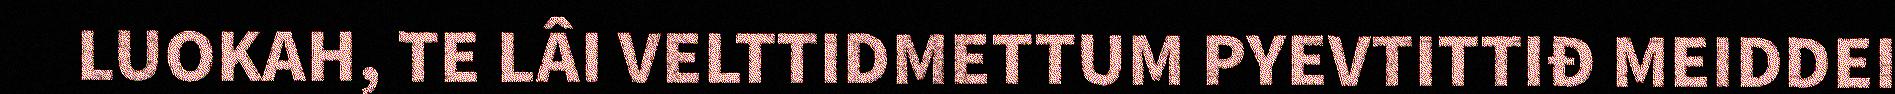
LUOKAH, TE LÂI VELTTIDMETTUM PYEVTITTIĐ MEIDDEI